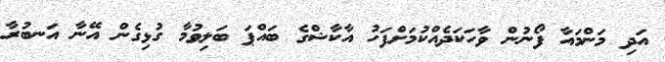
އަދި މަންމައާ ފޯނުން ވާހަކަދެއްކުމަށްފަހު އާކާޝްގެ ބައްޕަ ބަލިވުމާ ގުޅިގެން އޭނާ އަނބުރާ